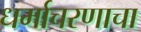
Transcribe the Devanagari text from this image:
धर्माचरणाचा